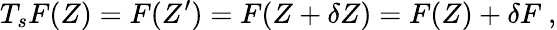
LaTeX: T_{s}F(Z)=F(Z^{\prime})=F(Z+\delta Z)=F(Z)+\delta F~,